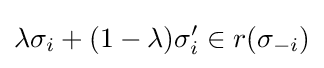
\lambda \sigma _{i}+(1-\lambda )\sigma '_{i}\in r(\sigma _{-i})